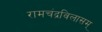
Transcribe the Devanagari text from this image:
रामचंद्रविलासम्